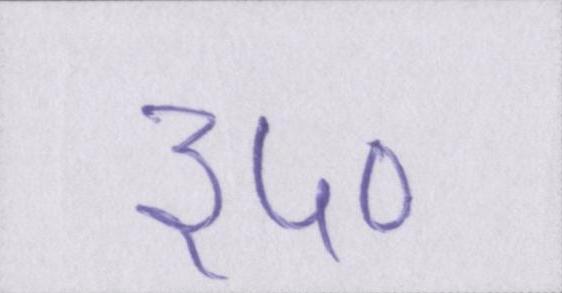
३५०